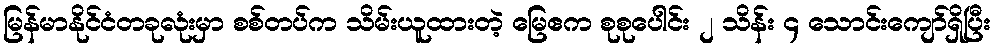
မြန်မာနိုင်ငံတခုလုံးမှာ စစ်တပ်က သိမ်းယူထားတဲ့ မြေဧက စုစုပေါင်း ၂ သိန်း ၄ သောင်းကျော်ရှိပြီး